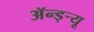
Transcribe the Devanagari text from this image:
ॲन्ड्र्‍यू